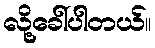
လို့ခေါ်ပါတယ်။